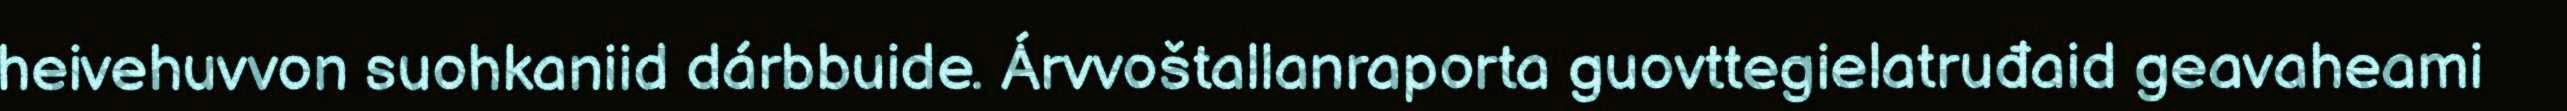
heivehuvvon suohkaniid dárbbuide. Árvvoštallanraporta guovttegielatruđaid geavaheami